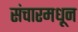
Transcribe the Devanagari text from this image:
संचारमधून